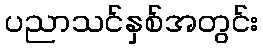
ပညာသင်နှစ်အတွင်း